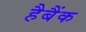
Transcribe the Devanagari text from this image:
हैबैंक